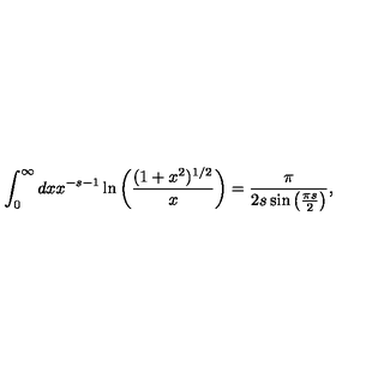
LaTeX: \int _ { 0 } ^ { \infty } d x x ^ { - s - 1 } \ln \left( \frac { ( 1 + x ^ { 2 } ) ^ { 1 / 2 } } { x } \right) = { \frac { \pi } { 2 s \sin \left( \frac { \pi s } { 2 } \right) } } ,